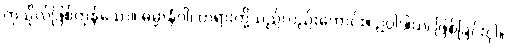
ကုသိုလ်ဖြစ်ကုန်သော။ ဓမ္မာနံဝါ၊ တရားတို့သည်လည်းကောင်း။ ဥပ္ပါဒါယ၊ ဖြစ်ခြင်းငှါ။